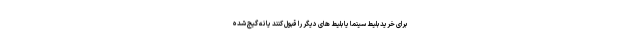
برای خرید بلیط سینما یا بلیط های دیگر را قبول کنند یا نه گیج شده